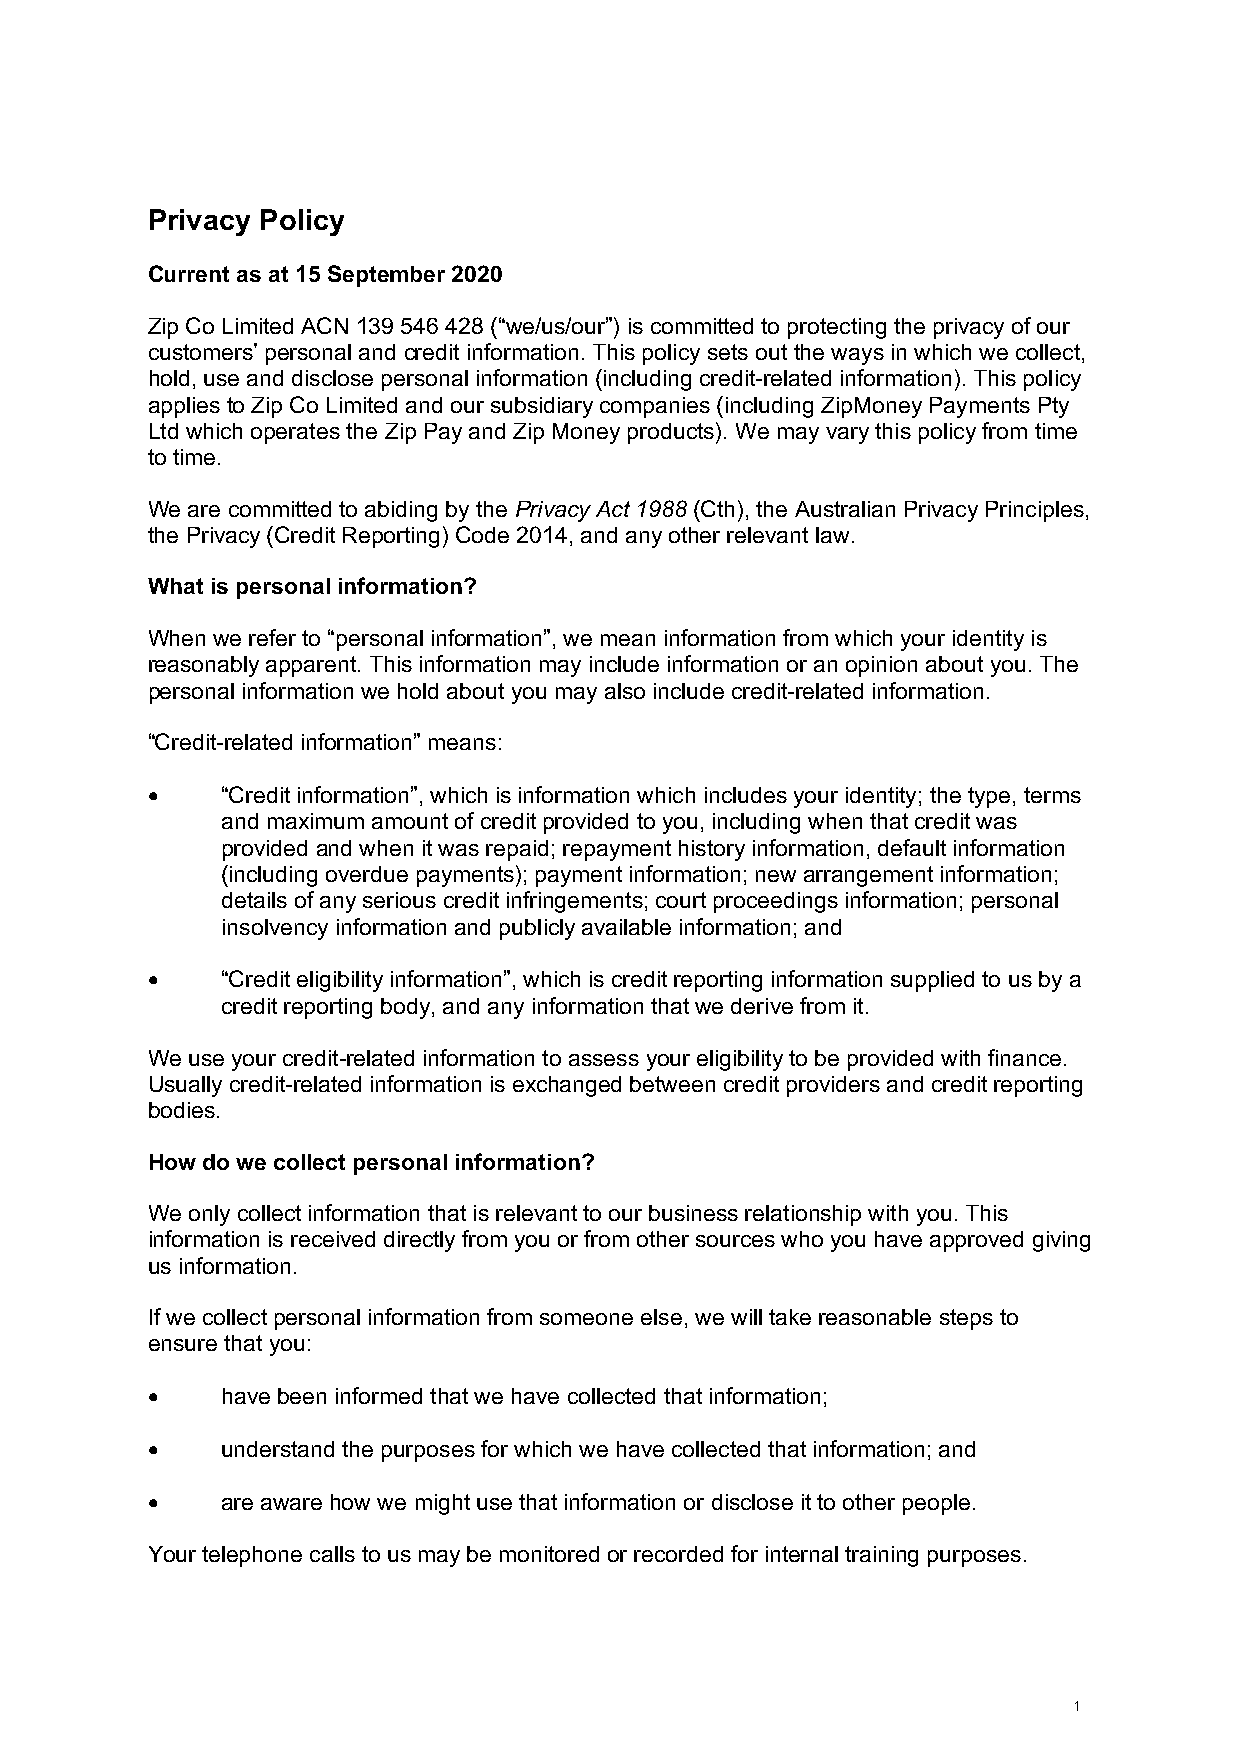
Privacy Policy
 Current as at 15 September 2020
 Zip Co Limited ACN 139 546 428 (“we/us/our”) is committed to protecting the privacy of our
 customers’ personal and credit information. This policy sets out the ways in which we collect,
 hold, use and disclose personal information (including credit-related information). This policy
 applies to Zip Co Limited and our subsidiary companies (including ZipMoney Payments Pty
 Ltd which operates the Zip Pay and Zip Money products). We may vary this policy from time
 to time.
 We are committed to abiding by the Privacy Act 1988 (Cth), the Australian Privacy Principles,
 the Privacy (Credit Reporting) Code 2014, and any other relevant law.
 What is personal information?
 When we refer to “personal information”, we mean information from which your identity is
 reasonably apparent. This information may include information or an opinion about you. The
 personal information we hold about you may also include credit-related information.
 “Credit-related information” means:
 •    “Credit information”, which is information which includes your identity; the type, terms
 and maximum amount of credit provided to you, including when that credit was
 provided and when it was repaid; repayment history information, default information
 (including overdue payments); payment information; new arrangement information;
 details of any serious credit infringements; court proceedings information; personal
 insolvency information and publicly available information; and
 •    “Credit eligibility information”, which is credit reporting information supplied to us by a
 credit reporting body, and any information that we derive from it.
 We use your credit-related information to assess your eligibility to be provided with finance.
 Usually credit-related information is exchanged between credit providers and credit reporting
 bodies.
 How do we collect personal information?
 We only collect information that is relevant to our business relationship with you. This
 information is received directly from you or from other sources who you have approved giving
 us information.
 If we collect personal information from someone else, we will take reasonable steps to
 ensure that you:
 •    have been informed that we have collected that information;
 •    understand the purposes for which we have collected that information; and
 •    are aware how we might use that information or disclose it to other people.
 Your telephone calls to us may be monitored or recorded for internal training purposes.
 1